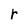
Character: r